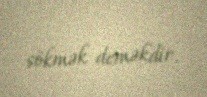
sökmək deməkdir.